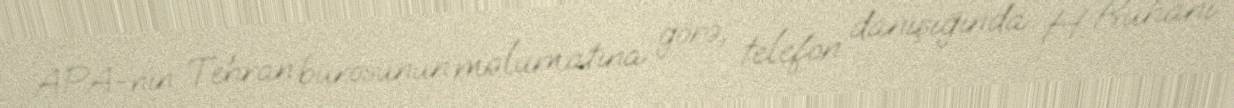
APA-nın Tehran bürosunun məlumatına görə, telefon danışığında H. Ruhani